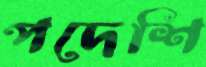
পদেশি